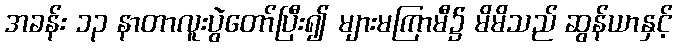
အခန်း ၁၃ နာတာလူးပွဲတော်ပြီး၍ များမကြာမီ၌ မိမိသည် ဆွန်ယာနှင့်